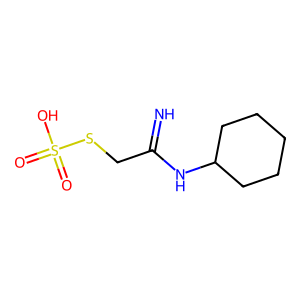
SMILES: N=C(CSS(=O)(=O)O)NC1CCCCC1
Inhibits HIV replication: No